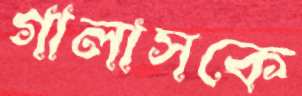
গালাসকে